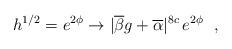
LaTeX: \begin{align*}h^{1/2} = e^{2\phi} \rightarrow |\overline{\beta}g + \overline{\alpha}|^{8c} \, e^{2\phi}~~,\end{align*}